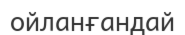
ойланғандай